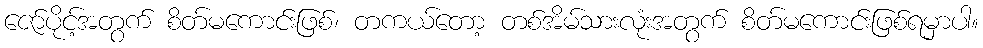
ဇော်ပိုင့်အတွက် စိတ်မကောင်းဖြစ်၊ တကယ်တော့ တစ်အိမ်သားလုံးအတွက် စိတ်မကောင်းဖြစ်ရမှာပါ။